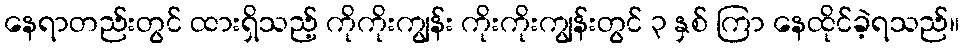
နေရာတည်းတွင် ထားရှိသည့် ကိုကိုးကျွန်း ကိုးကိုးကျွန်းတွင် ၃ နှစ် ကြာ နေထိုင်ခဲ့ရသည်။